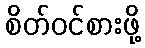
စိတ်ဝင်စားဖို့